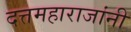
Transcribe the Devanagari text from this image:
दत्तमहाराजांनी